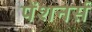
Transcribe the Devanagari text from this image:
पेंशनर्स